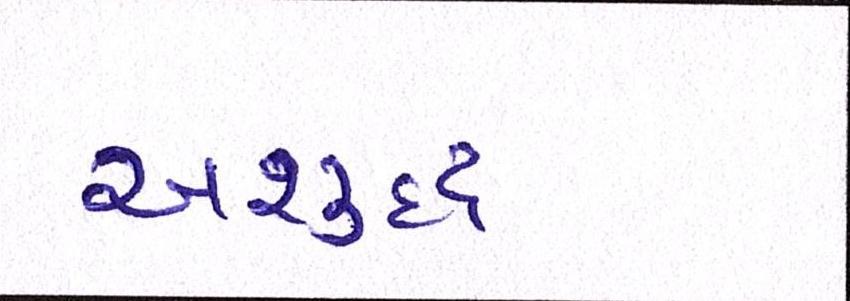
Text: અશુદ્ધ